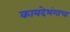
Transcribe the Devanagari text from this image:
कायदेभंगाचा